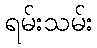
ရမ်းသမ်း